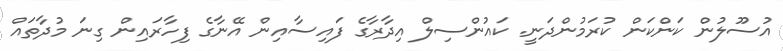
އުސޫލުން ކަންކަން ކުރަމުންދަނީ. ކައުންސިލް އިދާރާގެ ފައިސާއިން އޭނާގެ ފިހާރައިން ގިނަ މުދާތައް